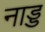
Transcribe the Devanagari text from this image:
नाड्ड